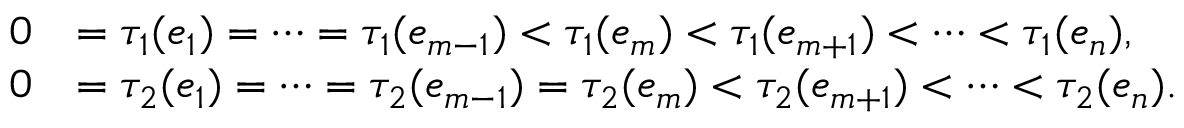
\begin{array} { r l } { 0 } & { = \tau _ { 1 } ( e _ { 1 } ) = \cdots = \tau _ { 1 } ( e _ { m - 1 } ) < \tau _ { 1 } ( e _ { m } ) < \tau _ { 1 } ( e _ { m + 1 } ) < \cdots < \tau _ { 1 } ( e _ { n } ) , } \\ { 0 } & { = \tau _ { 2 } ( e _ { 1 } ) = \cdots = \tau _ { 2 } ( e _ { m - 1 } ) = \tau _ { 2 } ( e _ { m } ) < \tau _ { 2 } ( e _ { m + 1 } ) < \cdots < \tau _ { 2 } ( e _ { n } ) . } \end{array}